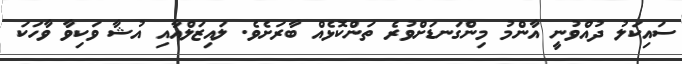
ސައިކަލު ދުއްވުނީ އާންމު މިންގަނޑަށްވުރެ ތަންކޮޅެއް ބާރަށެވެ. ލައިޒަލްއާއި އުޝާ ވަކިވާ ވާހަކަ